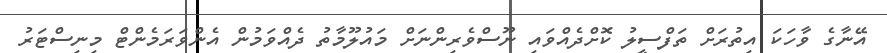
އޭނާގެ ވާހަކަ އިތުރަށް ތަފްސީލު ކޮށްދެއްވައި ނޫސްވެރިންނަށް މައުލޫމާތު ދެއްވަމުން އެންވަރަމެންޓް މިނިސްޓަރު